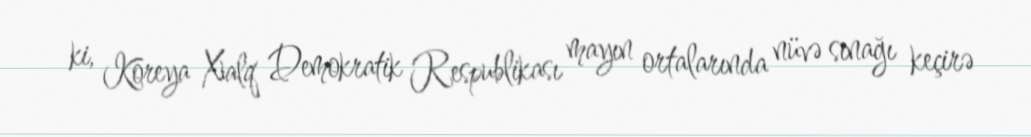
ki, Koreya Xalq Demokratik Respublikası mayın ortalarında nüvə sınağı keçirə